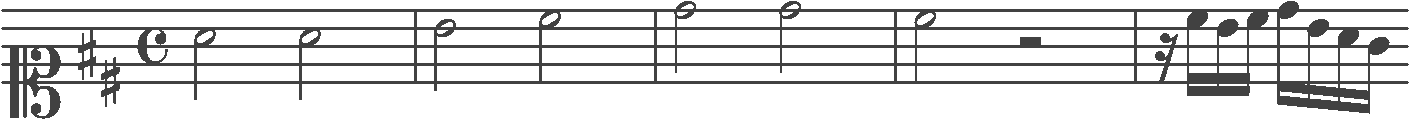
Transcription: clef-C1 keySignature-DM timeSignature-C note-A4_half note-A4_half barline note-B4_half note-C#5_half barline note-D5_half note-D5_half barline note-C#5_half rest-half barline rest-sixteenth note-C#5_sixteenth note-B4_sixteenth note-C#5_sixteenth note-D5_sixteenth note-B4_sixteenth note-A4_sixteenth note-G4_sixteenth